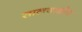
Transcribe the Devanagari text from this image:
सालवाडोर